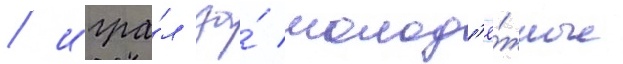
/ игра́л за́ молод'ё́жные